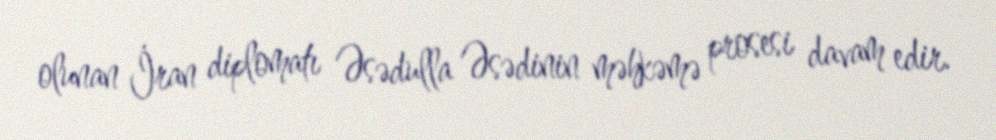
olunan İran diplomatı Əsədulla Əsədinin məhkəmə prosesi davam edir.